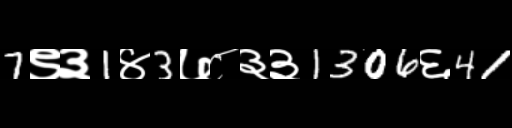
Text: 7९३1४3७८३३1306६41